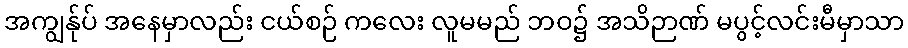
အကျွန်ုပ် အနေမှာလည်း ငယ်စဉ် ကလေး လူမမည် ဘဝ၌ အသိဉာဏ် မပွင့်လင်းမီမှာသာ